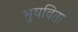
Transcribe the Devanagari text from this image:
भुषविता